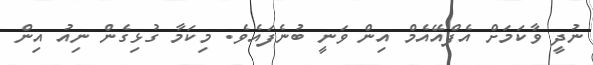
ނުދީ ވާކަމަށް އެފްއޭއެމް އިން ވަނީ ބުނެފައެވެ. މިކަމާ ގުޅިގެން ނިއު އިން